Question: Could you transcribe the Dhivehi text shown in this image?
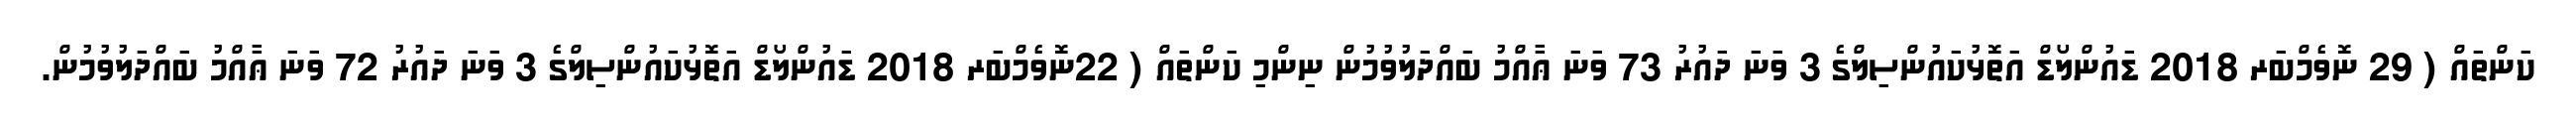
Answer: ކަންތައް ( 29 ނޮވެމްބަރ 2018 ޑައުންލޯޑް އަތޮޅުކައުންސިލްގެ 3 ވަނަ ދައުރު 73 ވަނަ ޢާއްމު ބައްދަލުވުމުން ނިންމި ކަންތައް ( 22ނޮވެމްބަރ 2018 ޑައުންލޯޑް އަތޮޅުކައުންސިލްގެ 3 ވަނަ ދައުރު 72 ވަނަ ޢާއްމު ބައްދަލުވުމުން.